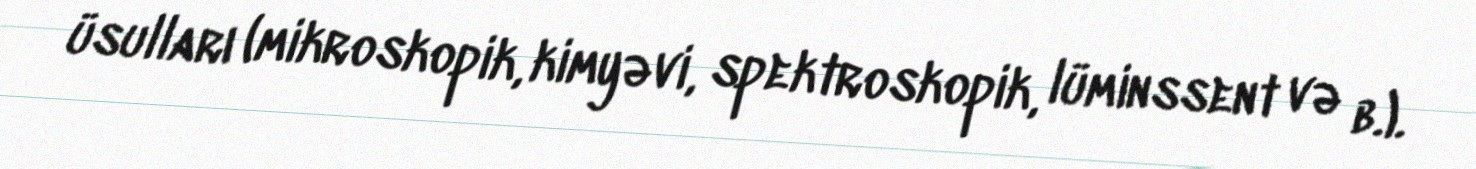
üsulları (mikroskopik, kimyəvi, spektroskopik, lüminssent və b.).